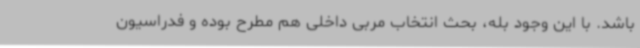
باشد. با این وجود بله، بحث انتخاب مربی داخلی هم مطرح بوده و فدراسیون